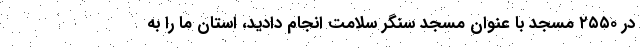
در ۲۵۵۰ مسجد با عنوان مسجد سنگر سلامت انجام دادید، استان ما را به